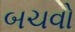
બચવો